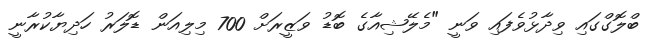
ބްލޮގްގައި ވިދާޅުވެފައި ވަނީ "މެލޭޝިއާގެ ބޮޑު ވަޒީރަށް 700 މިލިއަން ޑޮލަރު ހަދިޔާކުރާނީ